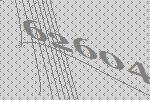
62604